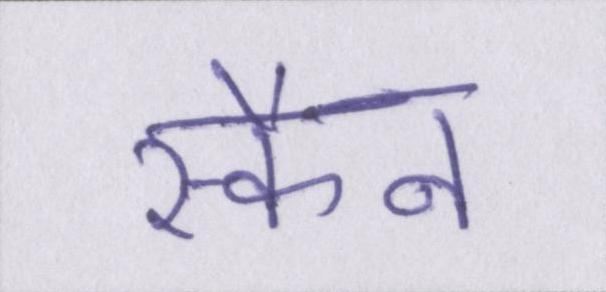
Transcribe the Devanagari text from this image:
स्कैन